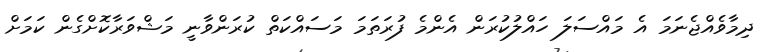
ދިމާވެއްޖެނަމަ އެ މައްސަލަ ހައްލުކުރަން އެންމެ ފުރަތަމަ މަސައްކަތް ކުރަންވާނީ މަޝްވަރާކޮށްގެން ކަމަށް